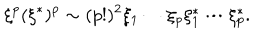
LaTeX: \xi ^ { p } ( \xi ^ { * } ) ^ { p } \sim ( p ! ) ^ { 2 } \xi _ { 1 } \cdots \xi _ { p } \xi _ { 1 } ^ { * } \cdots \xi _ { p } ^ { * } .